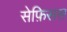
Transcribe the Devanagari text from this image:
सेफ़िसस